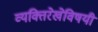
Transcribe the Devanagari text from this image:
व्यक्तिरेखेविषयी